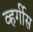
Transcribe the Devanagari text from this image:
व्हर्गीस